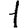
Digit: 1